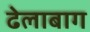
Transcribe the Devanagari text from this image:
ढेलाबाग